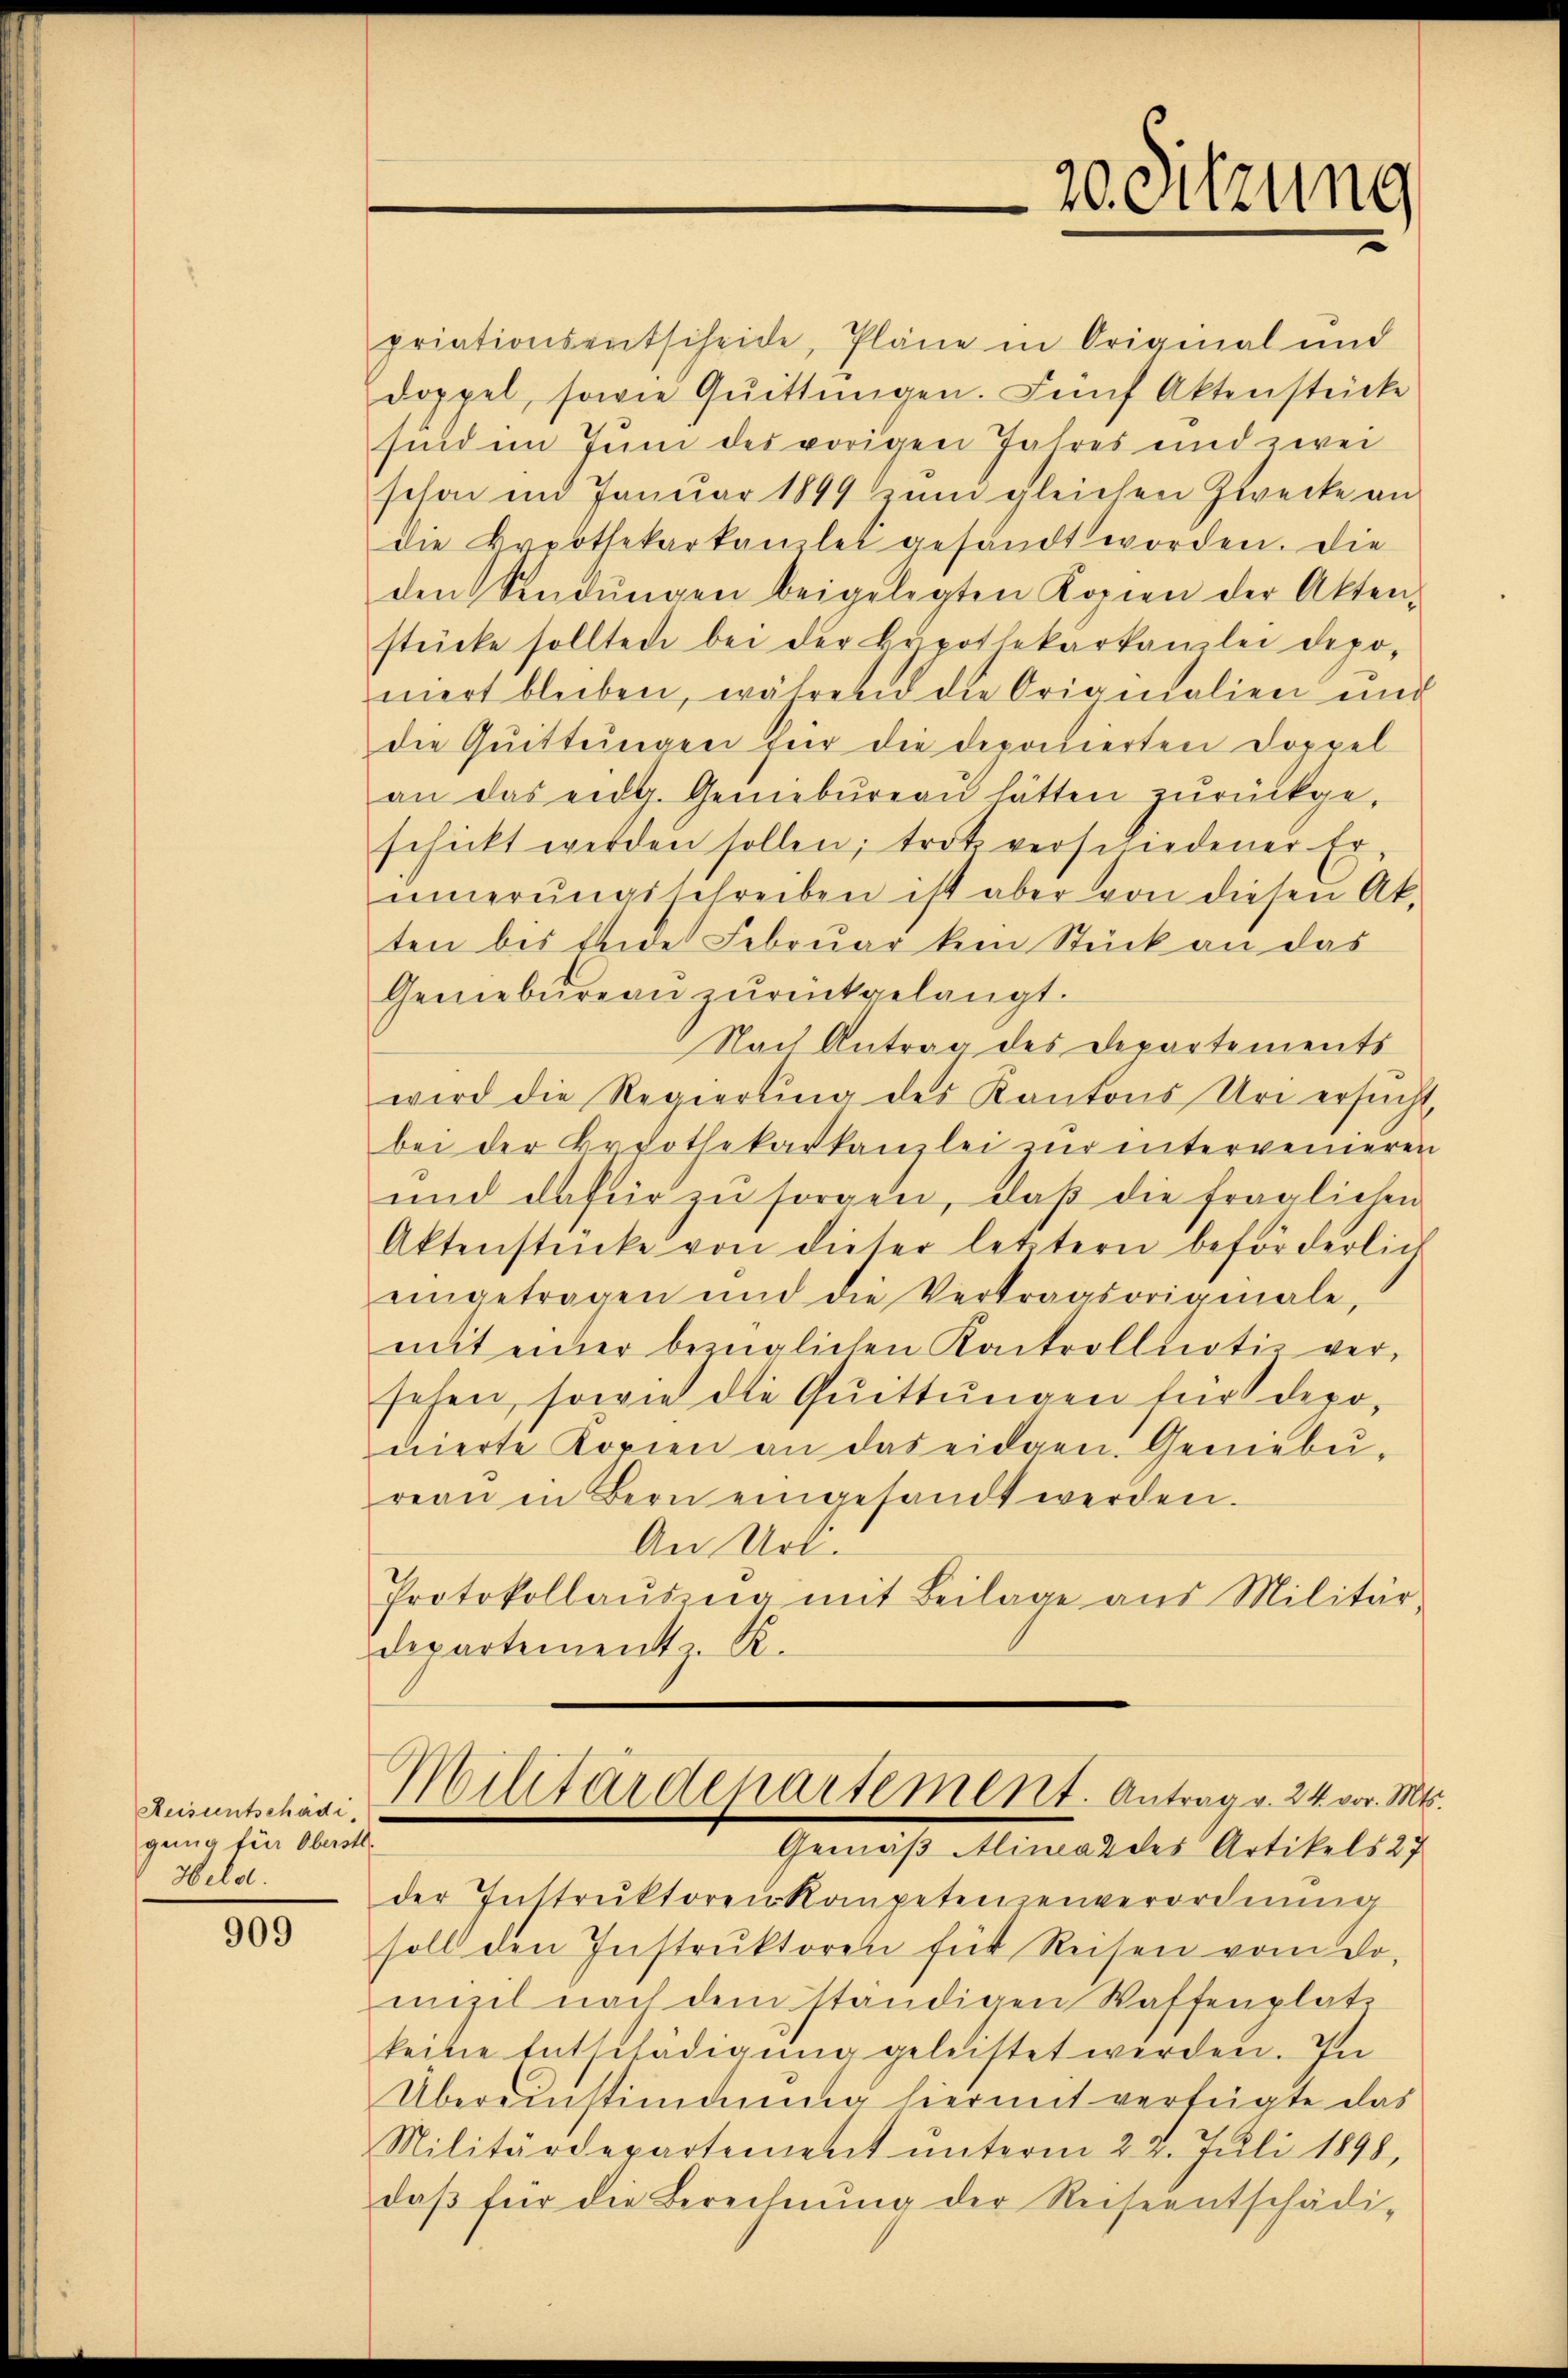
Reisentschädigenug für Oberstl.
Held.

909

priationsentscheide, Pläne in Original und
doppel, sowie Quittungen. Fünf Aktenstücke
sind im Juni des vorigen Jahres und zwei
schon im Januar 1849 zum gleichen Zwecke an
die Breothekarkanzlei gesandt worden. Die
den Sendŭngen beigelegten Kopien der Akten-
stücke sollten bei der Bepothekarkanzlei depo-
mert bleiben, während die Originalien und
die Quittungen für die deponierten Doppel
an das eidg. Geniebŭreaŭ hätten zŭrückgeschickt werden sollen; trotz versundener Er-
innerŭngsschreiben ist aber von diesen Ak-
ten bis beide Februar kein Stück an das
Genebureau zurückgelangt.
Nach Antrag des Departements
wird die Regierŭng des Kantons Uri ersŭcht,
bei der Erothekarkanzlei zur interweineren
und dafür zu sorgen, daß die fraglichen
Aktenstücke von dieser letztern beförderlich
eingetragen und die Vertragsoriginale,
mit einer bezüglichen Kontrollativ versehen, sowie die Quittungen für depodierte Kopien an das eidgen. Gemebŭ-
reaŭ in Bern eingesandt werden.
An Url.
Protokollaŭsina mit Beilage aus Militär-
departement z. R.

20. Sitzung

Militärdepartement. Antrag v. 24. vor. Mts.
Gemäß Alina des Artikels 27

der Instrŭktoren Kompetenzenverordnung
soll den Instrŭktoren für Reisen vom Do-
mizil nach dem ständigen Waffenplatz
keine Entschädigŭng geleistet werden. In
Übereinstimmung hiermit verfügte das
Militärdepartement ŭnterm 22. Juli 1898,
daβ für die Berechnŭng der Reiseentschädi-